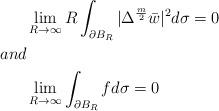
LaTeX: \begin{align*} & \lim_{R\to\infty} R\int_{\partial B_R}|\Delta^{\frac{m}{2}}\bar{w}|^2d\sigma=0 \\ and & \\ & \lim_{R\to\infty}\int_{\partial B_R}fd\sigma=0 \end{align*}